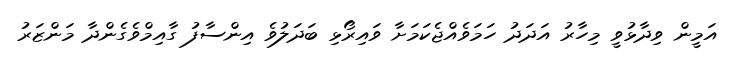
އަމީން ވިދާޅުވީ މިހާރު އަދަދު ހަމަވެއްޖެކަމަށާ ވައިރޯޅި ބަދަލުވެ އިންސާފު ގާއިމްވެގެންދާ މަންޒަރު